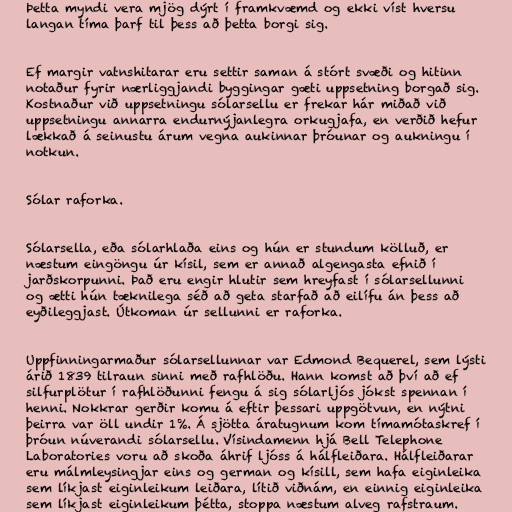
Þetta myndi vera mjög dýrt í framkvæmd og ekki víst hversu
langan tíma þarf til þess að þetta borgi sig.

Ef margir vatnshitarar eru settir saman á stórt svæði og hitinn
notaður fyrir nærliggjandi byggingar gæti uppsetning borgað sig.
Kostnaður við uppsetningu sólarsellu er frekar hár miðað við
uppsetningu annarra endurnýjanlegra orkugjafa, en verðið hefur
lækkað á seinustu árum vegna aukinnar þróunar og aukningu í
notkun.

Sólar raforka.

Sólarsella, eða sólarhlaða eins og hún er stundum kölluð, er
næstum eingöngu úr kísil, sem er annað algengasta efnið í
jarðskorpunni. Það eru engir hlutir sem hreyfast í sólarsellunni
og ætti hún tæknilega séð að geta starfað að eilífu án þess að
eyðileggjast. Útkoman úr sellunni er raforka.

Uppfinningarmaður sólarsellunnar var Edmond Bequerel, sem lýsti
árið 1839 tilraun sinni með rafhlöðu. Hann komst að því að ef
silfurplötur í rafhlöðunni fengu á sig sólarljós jókst spennan í
henni. Nokkrar gerðir komu á eftir þessari uppgötvun, en nýtni
þeirra var öll undir 1%. Á sjötta áratugnum kom tímamótaskref í
þróun núverandi sólarsellu. Vísindamenn hjá Bell Telephone
Laboratories voru að skoða áhrif ljóss á hálfleiðara. Hálfleiðarar
eru málmleysingjar eins og german og kísill, sem hafa eiginleika
sem líkjast eiginleikum leiðara, lítið viðnám, en einnig eiginleika
sem líkjast eiginleikum þétta, stoppa næstum alveg rafstraum.